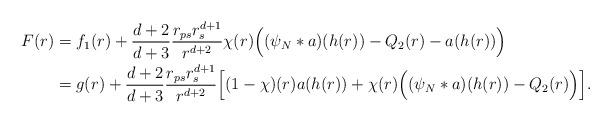
LaTeX: \begin{align*}F(r) &= f_1(r)+\frac{d+2}{d+3} \frac{r_{ps}r_s^{d+1}}{r^{d+2}} \chi(r)\Bigl( (\psi_N * a)(h(r))-Q_2(r)-a(h(r))\Bigr)\\&=g(r) + \frac{d+2}{d+3}\frac{r_{ps}r_s^{d+1}}{r^{d+2}}\Bigl[(1-\chi)(r)a(h(r)) + \chi(r)\Bigl((\psi_N*a)(h(r)) - Q_2(r)\Bigr)\Bigr].\end{align*}